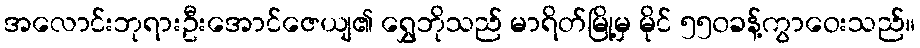
အလောင်းဘုရားဦးအောင်ဇေယျ၏ ရွှေဘိုသည် မာရိတ်မြို့မှ မိုင် ၅၅၀ခန့်ကွာဝေးသည်။